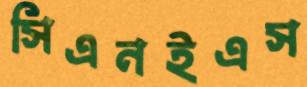
সিএনইএস